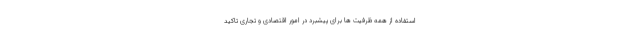
استفاده از همه ظرفیت ها برای پیشبرد در امور اقتصادی و تجاری تاکید